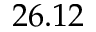
2 6 . 1 2